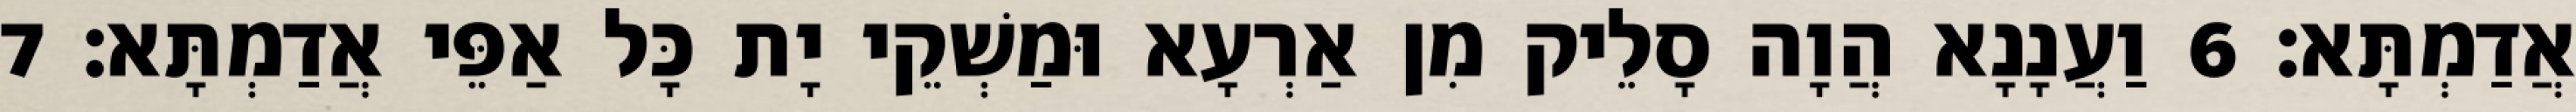
אֲדַמְתָּא׃ 6 וַעֲנָנָא הֲוָה סָלֵיק מִן אַרְעָא וּמַשְׁקֵי יָת כָּל אַפֵּי אֲדַמְתָּא׃ 7